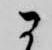
に